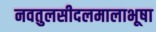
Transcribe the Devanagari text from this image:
नवतुलसीदलमालाभूषा